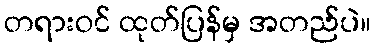
တရားဝင် ထုတ်ပြန်မှ အတည်ပဲ။